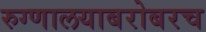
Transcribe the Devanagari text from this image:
रुग्णालयाबरोबरच